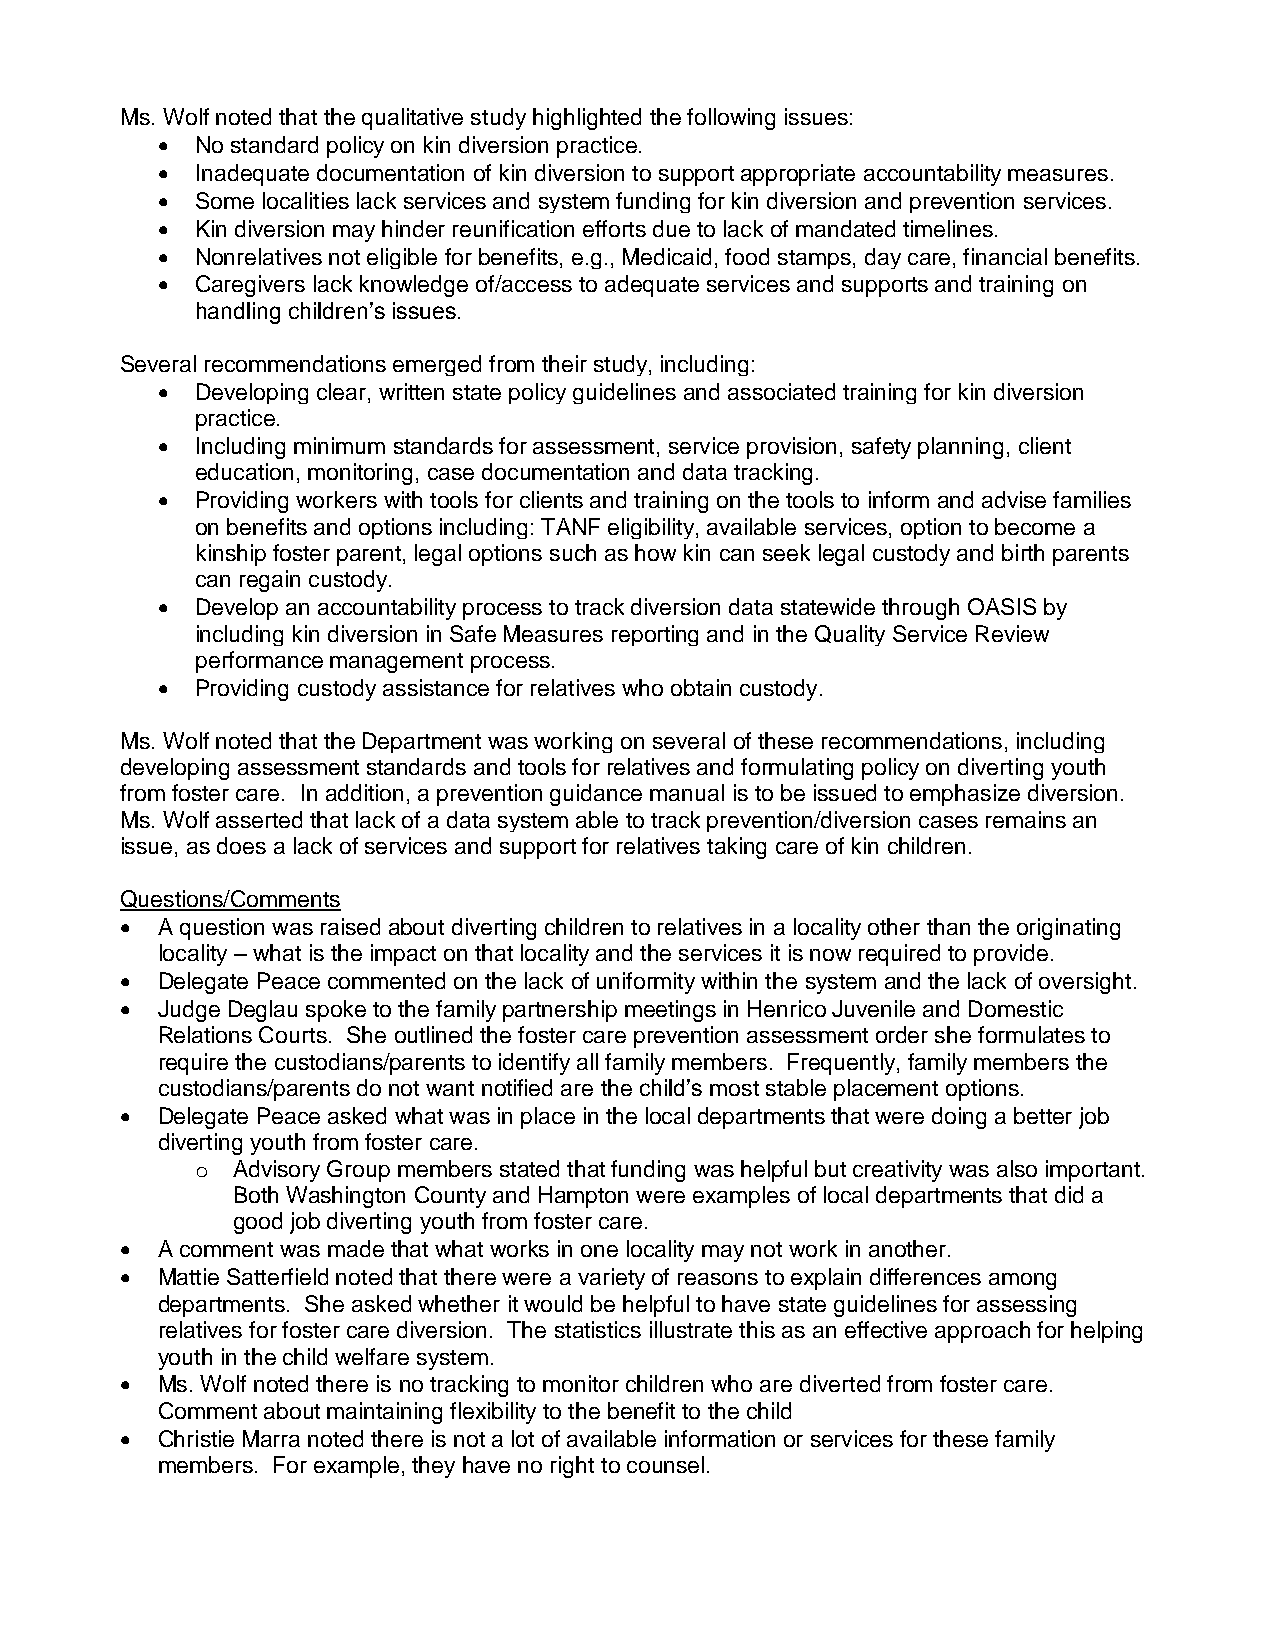
Ms. Wolf noted that the qualitative study highlighted the following issues:
   No standard policy on kin diversion practice.
   Inadequate documentation of kin diversion to support appropriate accountability measures.
   Some localities lack services and system funding for kin diversion and prevention services.
   Kin diversion may hinder reunification efforts due to lack of mandated timelines.
   Nonrelatives not eligible for benefits, e.g., Medicaid, food stamps, day care, financial benefits.
   Caregivers lack knowledge of/access to adequate services and supports and training on
 handling children’s issues.
 Several recommendations emerged from their study, including:
   Developing clear, written state policy guidelines and associated training for kin diversion
 practice.
   Including minimum standards for assessment, service provision, safety planning, client
 education, monitoring, case documentation and data tracking.
   Providing workers with tools for clients and training on the tools to inform and advise families
 on benefits and options including: TANF eligibility, available services, option to become a
 kinship foster parent, legal options such as how kin can seek legal custody and birth parents
 can regain custody.
   Develop an accountability process to track diversion data statewide through OASIS by
 including kin diversion in Safe Measures reporting and in the Quality Service Review
 performance management process.
   Providing custody assistance for relatives who obtain custody.
 Ms. Wolf noted that the Department was working on several of these recommendations, including
 developing assessment standards and tools for relatives and formulating policy on diverting youth
 from foster care. In addition, a prevention guidance manual is to be issued to emphasize diversion.
 Ms. Wolf asserted that lack of a data system able to track prevention/diversion cases remains an
 issue, as does a lack of services and support for relatives taking care of kin children.
 Questions/Comments
  A question was raised about diverting children to relatives in a locality other than the originating
 locality – what is the impact on that locality and the services it is now required to provide.
  Delegate Peace commented on the lack of uniformity within the system and the lack of oversight.
  Judge Deglau spoke to the family partnership meetings in Henrico Juvenile and Domestic
 Relations Courts. She outlined the foster care prevention assessment order she formulates to
 require the custodians/parents to identify all family members. Frequently, family members the
 custodians/parents do not want notified are the child’s most stable placement options.
  Delegate Peace asked what was in place in the local departments that were doing a better job
 diverting youth from foster care.
 o Advisory Group members stated that funding was helpful but creativity was also important.
 Both Washington County and Hampton were examples of local departments that did a
 good job diverting youth from foster care.
  A comment was made that what works in one locality may not work in another.
  Mattie Satterfield noted that there were a variety of reasons to explain differences among
 departments. She asked whether it would be helpful to have state guidelines for assessing
 relatives for foster care diversion. The statistics illustrate this as an effective approach for helping
 youth in the child welfare system.
  Ms. Wolf noted there is no tracking to monitor children who are diverted from foster care.
 Comment about maintaining flexibility to the benefit to the child
  Christie Marra noted there is not a lot of available information or services for these family
 members. For example, they have no right to counsel.